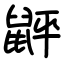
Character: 䶄